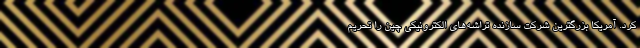
کرد. آمریکا بزرگترین شرکت سازنده تراشه‌های الکترونیکی چین را تحریم